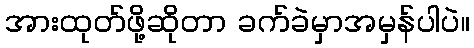
အားထုတ်ဖို့ဆိုတာ ခက်ခဲမှာအမှန်ပါပဲ။